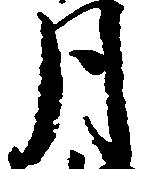
月